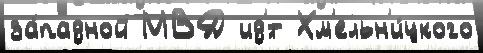
за́падной МВД ид'́т Хм'ельн'и́цкого